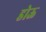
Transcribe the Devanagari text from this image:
डोऊ